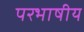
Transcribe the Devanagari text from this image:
परभाषीय